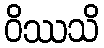
ဝိဿသိ